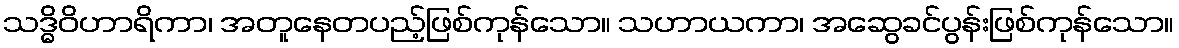
သဒ္ဓိဝိဟာရိကာ၊ အတူနေတပည့်ဖြစ်ကုန်သော။ သဟာယကာ၊ အဆွေခင်ပွန်းဖြစ်ကုန်သော။